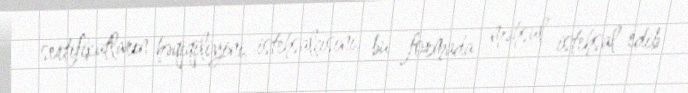
sertifikatların həqiqiliyini, istehsalçısını, bu formada məhsul istehsal edib